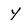
Character: Y